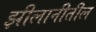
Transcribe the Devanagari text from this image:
झीलानीतील